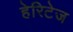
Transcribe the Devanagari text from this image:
हेरिटेज